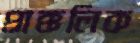
প্রাক্কলিক